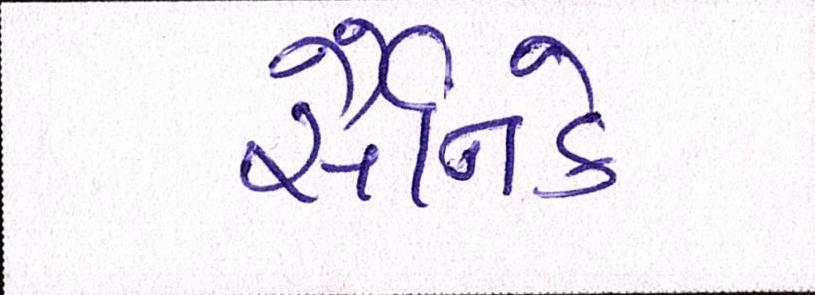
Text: સૈનિકે